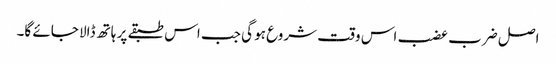
اصل ضرب عضب اس وقت شروع ہو گی جب اس طبقے پر ہاتھ ڈالا جائے گا۔